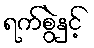
ရက်စွဲနှင့်